画像に写った文字を読んでください
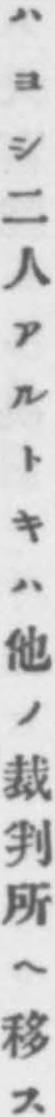
「ハヨシ二人アルトキハ他ノ裁判所ヘ移ス」と書いてあります